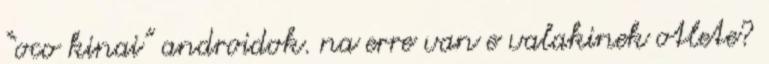
“oco kinai” androidok. na erre van e valakinek otlete?